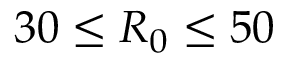
3 0 \le { R _ { 0 } } \le 5 0